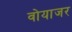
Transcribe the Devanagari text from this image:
वोयाजर